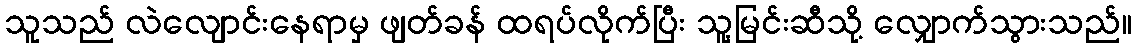
သူသည် လဲလျောင်းနေရာမှ ဖျတ်ခန် ထရပ်လိုက်ပြီး သူ့မြင်းဆီသို့ လျှောက်သွားသည်။